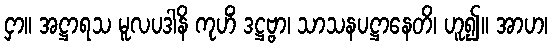
ငှာ။ အဋ္ဌာရသ မူလပဒါနိ ကုဟိံ ဒဋ္ဌဗ္ဗာ၊ သာသနပဋ္ဌာနေတိ၊ ဟူ၍။ အာဟ၊